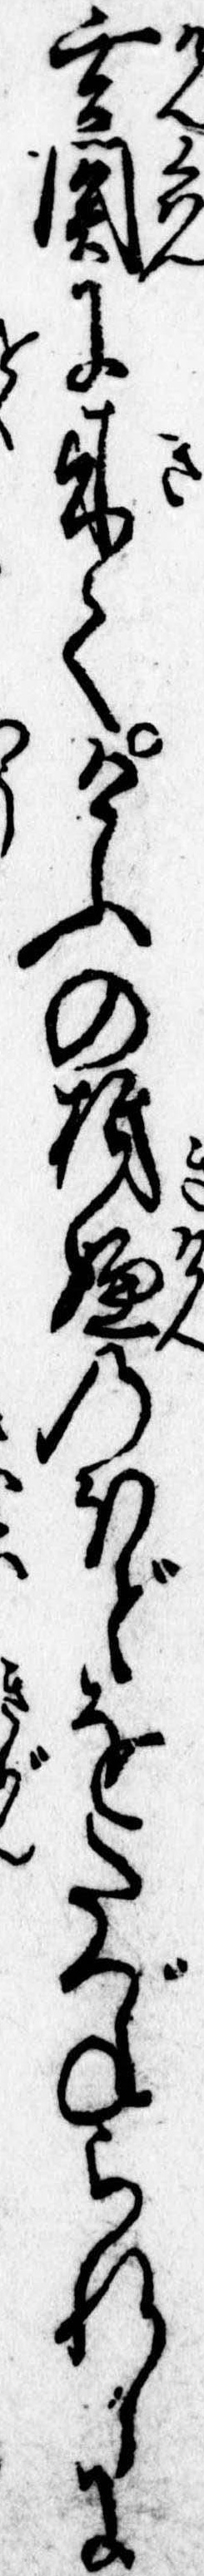
玄関に来てけふの機嫌のほどをたづねられしに